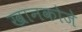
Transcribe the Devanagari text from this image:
खानकोजे